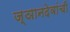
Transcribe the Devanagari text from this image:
ज्ञानदेवांची